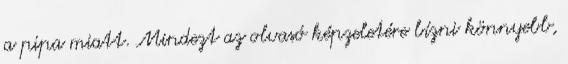
a pipa miatt. Mindezt az olvasó képzeletére bízni könnyebb,